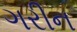
ગરીન